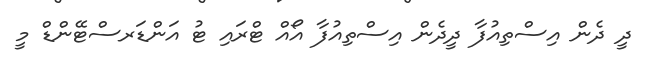
ދީ ދެން އިސްތިއުފާ ދީދެން އިސްތިއުފާ އޯއް ޓްރައި ޓު އަންޑަރސްޓޭންޑް މީ